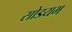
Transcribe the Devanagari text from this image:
सोडयम